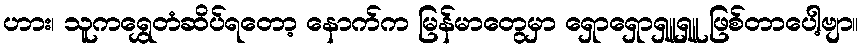
ဟား၊ သူကရွှေတံဆိပ်ရတော့ နောက်က မြန်မာတွေမှာ ရှောရှောရှူရှူ ဖြစ်တာပေါ့ဗျာ။